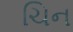
ચિન